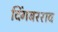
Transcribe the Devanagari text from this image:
दिंगबरराव